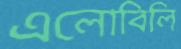
এলোবিলি